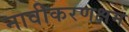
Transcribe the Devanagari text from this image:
नावीकरणक्षम